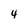
Character: 4